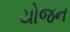
યોજન